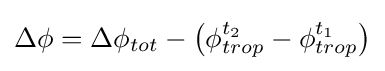
\Delta \phi =\Delta \phi _{tot}-{\bigl (}\phi _{trop}^{t_{2}}-\phi _{trop}^{t_{1}}{\bigr )}